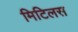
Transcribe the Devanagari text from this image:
मिटिलस